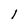
Character: l